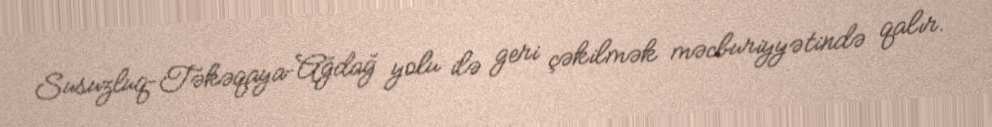
Susuzluq–Təkəqaya–Ağdağ yolu ilə geri çəkilmək məcburiyyətində qalır.